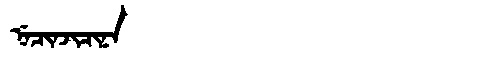
Manchu: ᠨᡝᠴᡳᠨᠵᡳᠴᡳᠨᠠ
Romanization: NECINJICINA